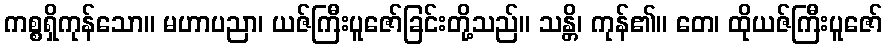
ကစ္စရှိကုန်သော။ မဟာပညာ၊ ယဇ်ကြီးပူဇော်ခြင်းတို့သည်။ သန္တိ၊ ကုန်၏။ တေ၊ ထိုယဇ်ကြီးပူဇော်